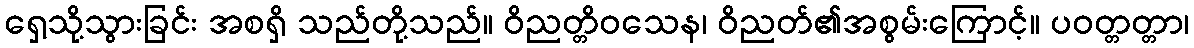
ရှေ့သို့သွားခြင်း အစရှိ သည်တို့သည်။ ဝိညတ္တိဝသေန၊ ဝိညတ်၏အစွမ်းကြောင့်။ ပဝတ္တတ္တာ၊